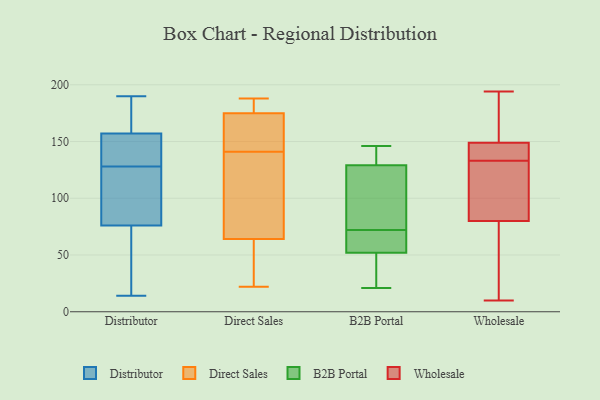
{"axis": {"x": "Humidity (%)", "y": "Value"}, "legend": ["B2B Portal", "Direct Sales", "Distributor", "Wholesale"], "data": [{"x": "", "y": 153, "type": "Distributor"}, {"x": "", "y": 42, "type": "Distributor"}, {"x": "", "y": 120, "type": "Distributor"}, {"x": "", "y": 157, "type": "Distributor"}, {"x": "", "y": 136, "type": "Distributor"}, {"x": "", "y": 190, "type": "Distributor"}, {"x": "", "y": 76, "type": "Distributor"}, {"x": "", "y": 117, "type": "Distributor"}, {"x": "", "y": 189, "type": "Distributor"}, {"x": "", "y": 141, "type": "Distributor"}, {"x": "", "y": 106, "type": "Distributor"}, {"x": "", "y": 174, "type": "Distributor"}, {"x": "", "y": 14, "type": "Distributor"}, {"x": "", "y": 63, "type": "Distributor"}, {"x": "", "y": 63, "type": "Direct Sales"}, {"x": "", "y": 182, "type": "Direct Sales"}, {"x": "", "y": 152, "type": "Direct Sales"}, {"x": "", "y": 168, "type": "Direct Sales"}, {"x": "", "y": 65, "type": "Direct Sales"}, {"x": "", "y": 141, "type": "Direct Sales"}, {"x": "", "y": 188, "type": "Direct Sales"}, {"x": "", "y": 65, "type": "Direct Sales"}, {"x": "", "y": 42, "type": "Direct Sales"}, {"x": "", "y": 141, "type": "Direct Sales"}, {"x": "", "y": 22, "type": "Direct Sales"}, {"x": "", "y": 183, "type": "Direct Sales"}, {"x": "", "y": 72, "type": "B2B Portal"}, {"x": "", "y": 146, "type": "B2B Portal"}, {"x": "", "y": 134, "type": "B2B Portal"}, {"x": "", "y": 39, "type": "B2B Portal"}, {"x": "", "y": 52, "type": "B2B Portal"}, {"x": "", "y": 67, "type": "B2B Portal"}, {"x": "", "y": 129, "type": "B2B Portal"}, {"x": "", "y": 132, "type": "B2B Portal"}, {"x": "", "y": 106, "type": "B2B Portal"}, {"x": "", "y": 60, "type": "B2B Portal"}, {"x": "", "y": 21, "type": "B2B Portal"}, {"x": "", "y": 77, "type": "B2B Portal"}, {"x": "", "y": 32, "type": "B2B Portal"}, {"x": "", "y": 72, "type": "B2B Portal"}, {"x": "", "y": 180, "type": "Wholesale"}, {"x": "", "y": 140, "type": "Wholesale"}, {"x": "", "y": 36, "type": "Wholesale"}, {"x": "", "y": 135, "type": "Wholesale"}, {"x": "", "y": 140, "type": "Wholesale"}, {"x": "", "y": 194, "type": "Wholesale"}, {"x": "", "y": 128, "type": "Wholesale"}, {"x": "", "y": 10, "type": "Wholesale"}, {"x": "", "y": 43, "type": "Wholesale"}, {"x": "", "y": 80, "type": "Wholesale"}, {"x": "", "y": 131, "type": "Wholesale"}, {"x": "", "y": 113, "type": "Wholesale"}, {"x": "", "y": 160, "type": "Wholesale"}, {"x": "", "y": 149, "type": "Wholesale"}]}